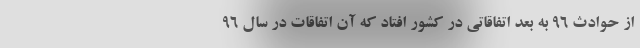
از حوادث ۹۶ به بعد اتفاقاتی در کشور افتاد که آن اتفاقات در سال ۹۶